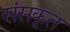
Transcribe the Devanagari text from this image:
संसकृत